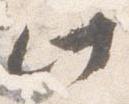
此